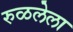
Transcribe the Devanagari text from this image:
रुळलेला